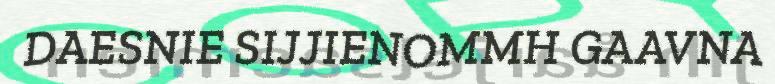
DAESNIE SIJJIENOMMH GAAVNA